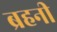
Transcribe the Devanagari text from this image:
ब्रहनी